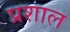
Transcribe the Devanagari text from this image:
प्रशाल